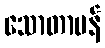
သောတာပန်